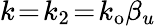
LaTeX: k\! =\! k_{2}\! =\! k_{\mathrm{o}}\beta_{u}